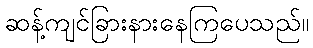
ဆန့်ကျင်ခြားနားနေကြပေသည်။